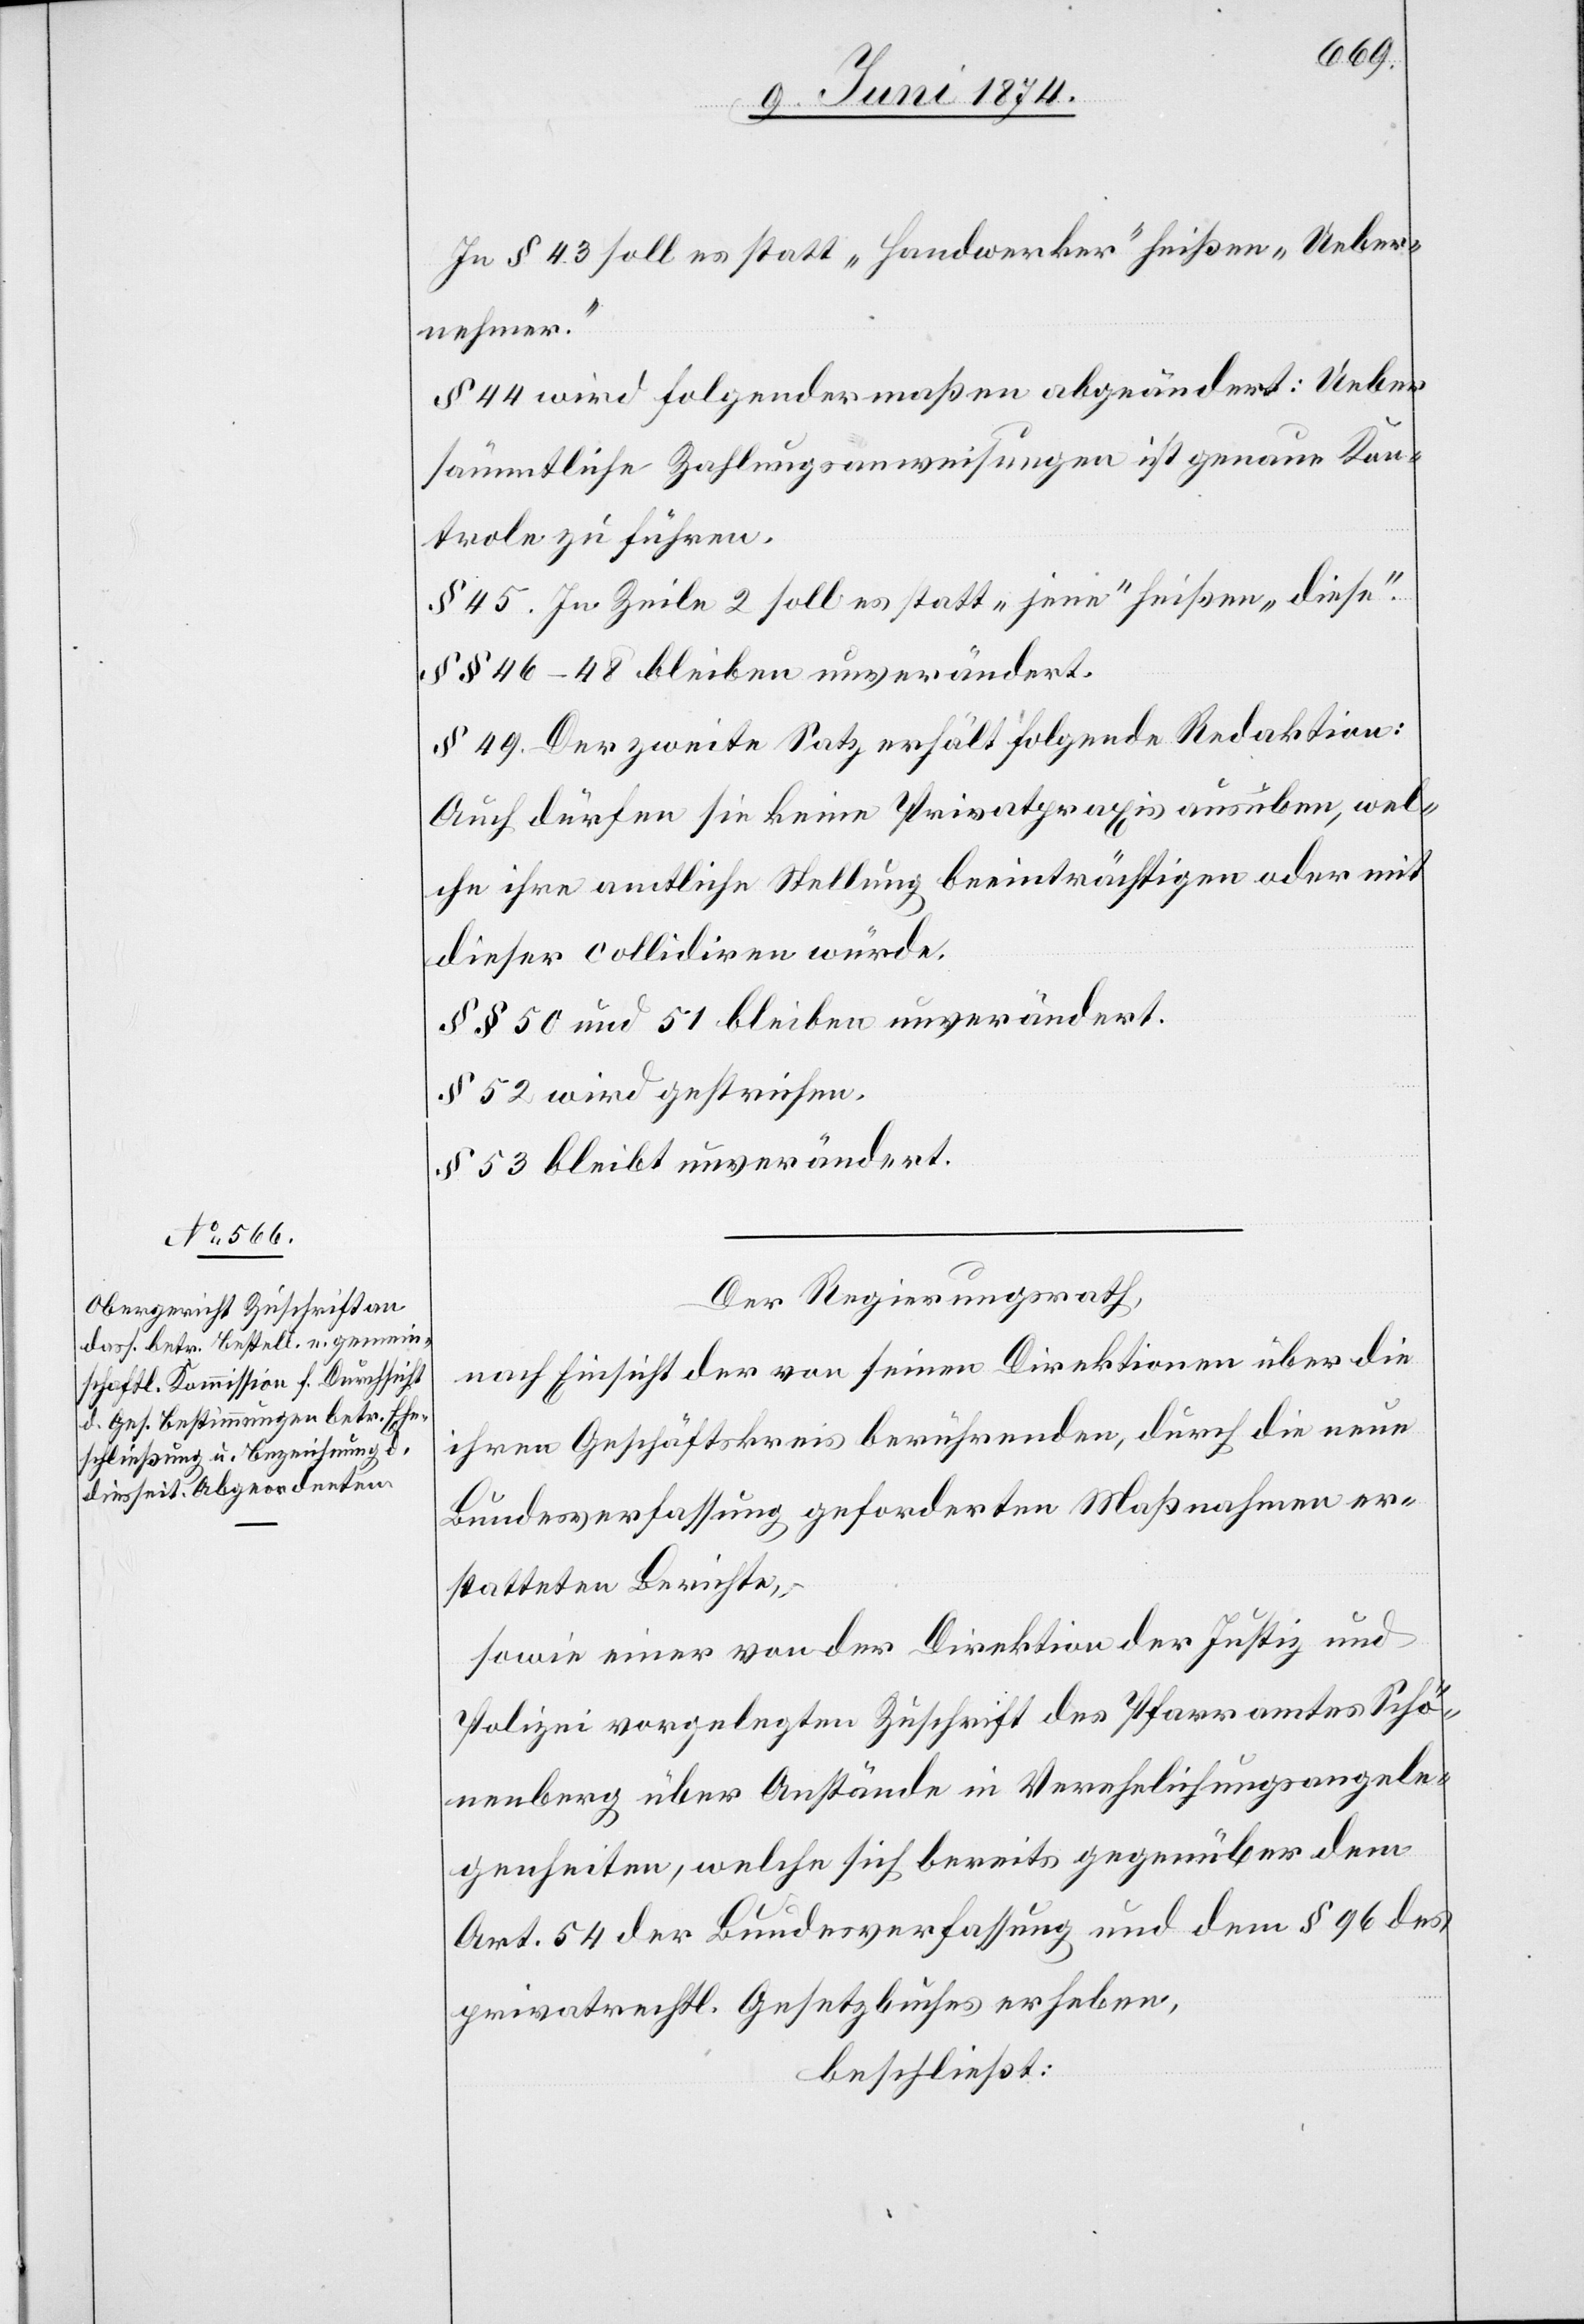
In § 43 soll es statt „Handwerker“ heißen „Ueber¬
nehmer.“
§ 44 wird folgendermaßen abgeändert: Ueber
sämmtliche Zahlungsanweisungen ist genau Kon¬
trole zu führen.
§ 45. In Zeile 2 soll es statt „jene“ heißen „diese“.
§§ 46–48 bleiben unverändert.
§ 49. Der zweite Satz erhält folgende Redaktion:
Auch dürfen sie keine Privatpraxis ausüben, wel¬
che ihre amtliche Stellung beeinträchtigen oder mit
dieser collidiren würde.
§§ 50 und 51 bleiben unverändert.
§ 52 wird gestrichen.
§ 53 bleibt unverändert.
Der Regierungsrath,
nach Einsicht der von seinen Direktionen über die
ihren Geschäftskreis berührenden, durch die neue
Bundesverfassung geforderten Maßnahmen er¬
statteten Berichte,
sowie einer von der Direktion der Justiz und
Polizei vorgelegten Zuschrift des Pfarramtes Schö¬
nenberg über Anstände in Verehelichungsangele¬
genheiten, welche sich bereits gegenüber dem
Art. 54 der Bundesverfassung und dem § 96 des
privatrechtl. Gesetzbuches erheben,
beschließt: